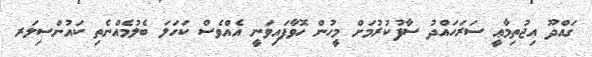
ގައްދޫ އިޖުތިމާޢީ ސަރަހައްދު ސާފުކުރުމަށް މީހުން ހޮވާފައިވަނީ އެއްވެސް ކަހަލަ ބެލުމެއްނެތި ކައުންސިލަރ